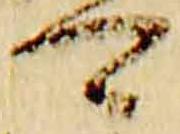
可